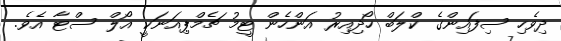
ދިވެހި ސިފައިންގެ ކްލަބް ހޯދިއިރު އަންހެން ޓީމު ޗެމްޕިއަނަކީ އޯލް ސްޓާ އެވެ.